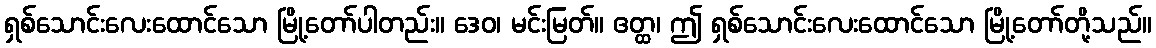
ရှစ်သောင်းလေးထောင်သော မြို့တော်ပါတည်း။ ဒေဝ၊ မင်းမြတ်။ ဧတ္ထ၊ ဤ ရှစ်သောင်းလေးထောင်သော မြို့တော်တို့သည်။